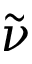
\tilde { \nu }